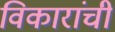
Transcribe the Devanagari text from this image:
विकारांची